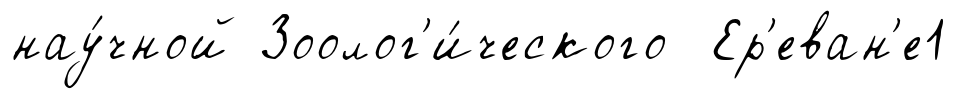
нау́чной Зоолог'и́ческого Ер'еван'е1